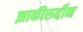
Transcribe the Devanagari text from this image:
झाकीरुद्दीन